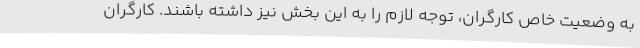
به وضعیت خاص کارگران، توجه لازم را به این بخش نیز داشته باشند. کارگران